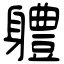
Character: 軆